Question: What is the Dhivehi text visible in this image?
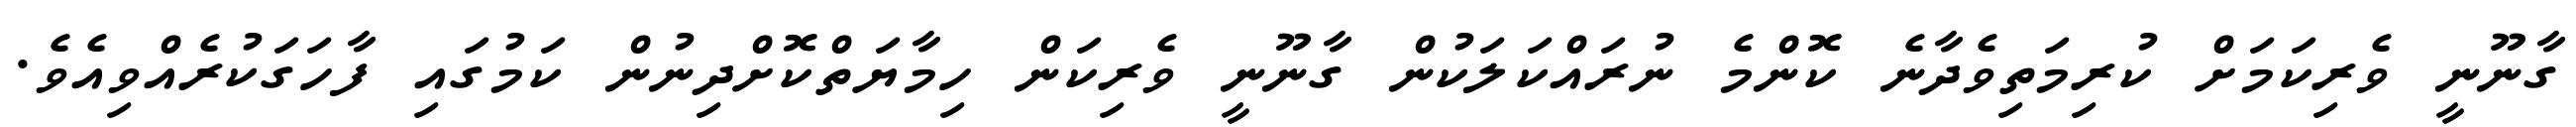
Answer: ގާނޫނީ ވެރިކަމަށް ކުރިމަތިވެދާނެ ކޮންމެ ނުރައްކަލަކުން ގާނޫނީ ވެރިކަން ހިމާޔަތްކޮށްދިނުން ކަމުގައި ފާހަގަކުރެއްވިއެވެ.